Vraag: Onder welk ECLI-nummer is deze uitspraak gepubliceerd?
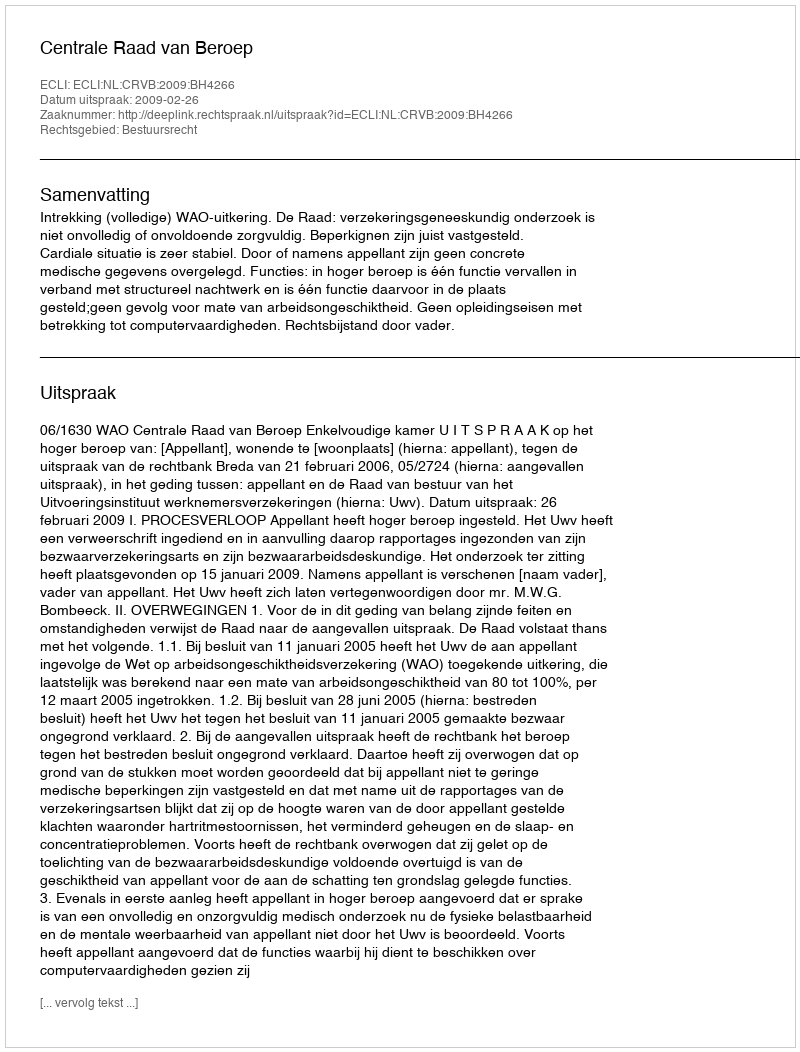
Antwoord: ECLI:NL:CRVB:2009:BH4266